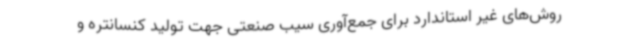
روش‌های غیر استاندارد برای جمع‌آوری سیب صنعتی جهت تولید کنسانتره و